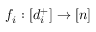
f _ { i } : [ d _ { i } ^ { + } ] \rightarrow [ n ]